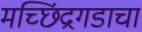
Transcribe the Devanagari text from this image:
मच्छिंद्रगडाचा